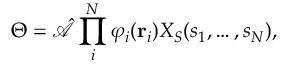
\Theta = \hat { \mathcal { A } } \prod _ { i } ^ { N } \varphi _ { i } ( \mathbf { r } _ { i } ) X _ { S } ( s _ { 1 } , \ldots , s _ { N } ) ,